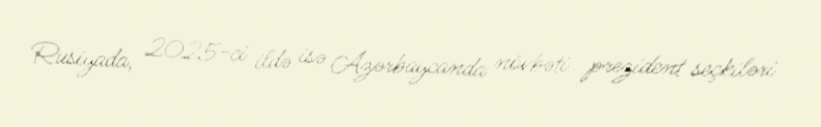
Rusiyada, 2025-ci ildə isə Azərbaycanda növbəti prezident seçkiləri